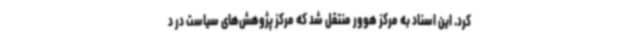
کرد. این اسناد به مرکز هوور منتقل شد که مرکز پژوهش‌های سیاست در د